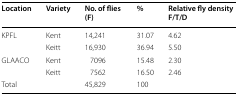
| Location | Variety | No. of flies(F) | % | Relative fly densityF/T/D |
 | --- | --- | --- | --- | --- |
 | KPFL | Kent | 14,241 | 31.07 | 4.62 |
 |  | Keitt | 16,930 | 36.94 | 5.50 |
 | GLAACO | Kent | 7096 | 15.48 | 2.30 |
 |  | Keitt | 7562 | 16.50 | 2.46 |
 | Total |  | 45,829 | 100 |  |